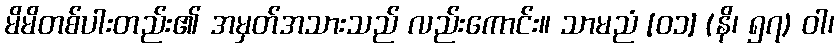
မိမိတစ်ပါးတည်း၏ အမှတ်အသားသည် လည်းကောင်း။ သာမညံ [၀၁] (နိ၊ ၅၇) ဝါ၊